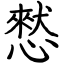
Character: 憖